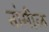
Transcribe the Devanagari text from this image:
तांमीळ